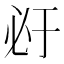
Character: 𰑇